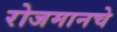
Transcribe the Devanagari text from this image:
रोजमानचे